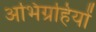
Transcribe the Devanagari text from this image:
अभिग्रहियों